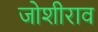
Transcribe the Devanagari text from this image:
जोशीराव